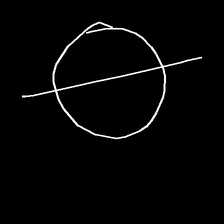
Glyph: orb